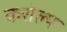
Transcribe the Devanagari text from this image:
करोल्य